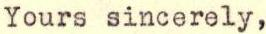
Yours sincerely,